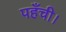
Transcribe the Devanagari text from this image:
पहँची।